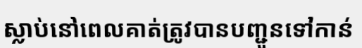
ស្លាប់នៅពេលគាត់ត្រូវបានបញ្ជូនទៅកាន់